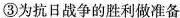
③为抗日战争的胜利做准备